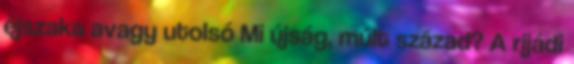
éjszaka avagy utolsó Mi újság, múlt század? A rijádi